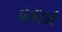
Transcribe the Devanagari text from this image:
पेमेंटही